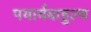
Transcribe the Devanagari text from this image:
पयार्यबाहुल्य